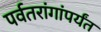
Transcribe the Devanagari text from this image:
पर्वतरांगांपर्यंत